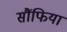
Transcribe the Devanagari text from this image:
सौंफिया